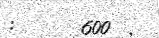
:      600